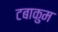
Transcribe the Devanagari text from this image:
टबाकुम